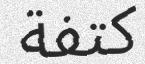
كتفة